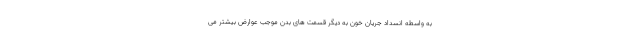
به واسطه انسداد جریان خون به دیگر قسمت های بدن موجب عوارض بیشتر می